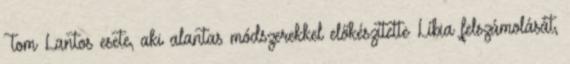
Tom Lantos esete, aki alantas módszerekkel előkészítette Líbia felszámolását,